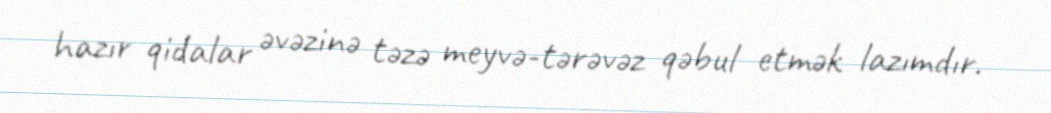
hazır qidalar əvəzinə təzə meyvə-tərəvəz qəbul etmək lazımdır.